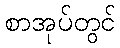
စာအုပ်တွင်